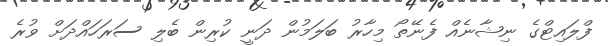
ފްލައިޓްގެ ނިޝާނެއް ފެނޭތޯ މިހާރު ބަލަމުން ދަނީ ކުރިން ބެލި ސަރަހައްދަށް ވުރެ